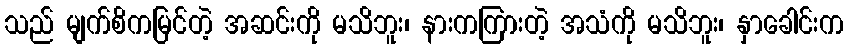
သည် မျက်စိကမြင်တဲ့ အဆင်းကို မသိဘူး၊ နားကကြားတဲ့ အသံကို မသိဘူး၊ နှာခေါင်းက